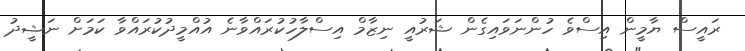
ރައީސް ޔާމީން އިސްވެ ހުންނަވައިގެން ޝަރުއީ ނިޒާމް އިސްލާހުކުރައްވާނެ އުއްމީދުކުރައްވާ ކަމަށް ނަޝީދު